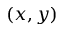
( x , y )